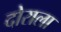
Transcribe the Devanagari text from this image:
दोराला